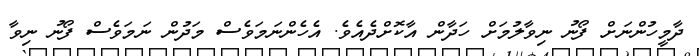
ދާމީހުންނަށް ފޯނު ނިވާލުމަށް ހަދާން އާކޮށްދެއެވެ. އެހެންނަމަވެސް މަދުން ނަމަވެސް ފޯނު ނިވާ